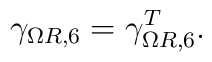
\gamma_{\Omega R,6}=\gamma_{\Omega R,6}^T.